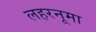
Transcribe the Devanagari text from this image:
लहरनूमा